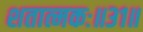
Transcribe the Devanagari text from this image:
शतात्मकः॥३१॥